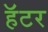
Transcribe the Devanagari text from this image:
हॅटर